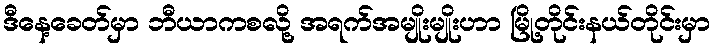
ဒီနေ့ခေတ်မှာ ဘီယာကစလို့ အရက်အမျိုးမျိုးဟာ မြို့တိုင်းနယ်တိုင်းမှာ